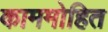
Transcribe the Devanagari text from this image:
काममोहित